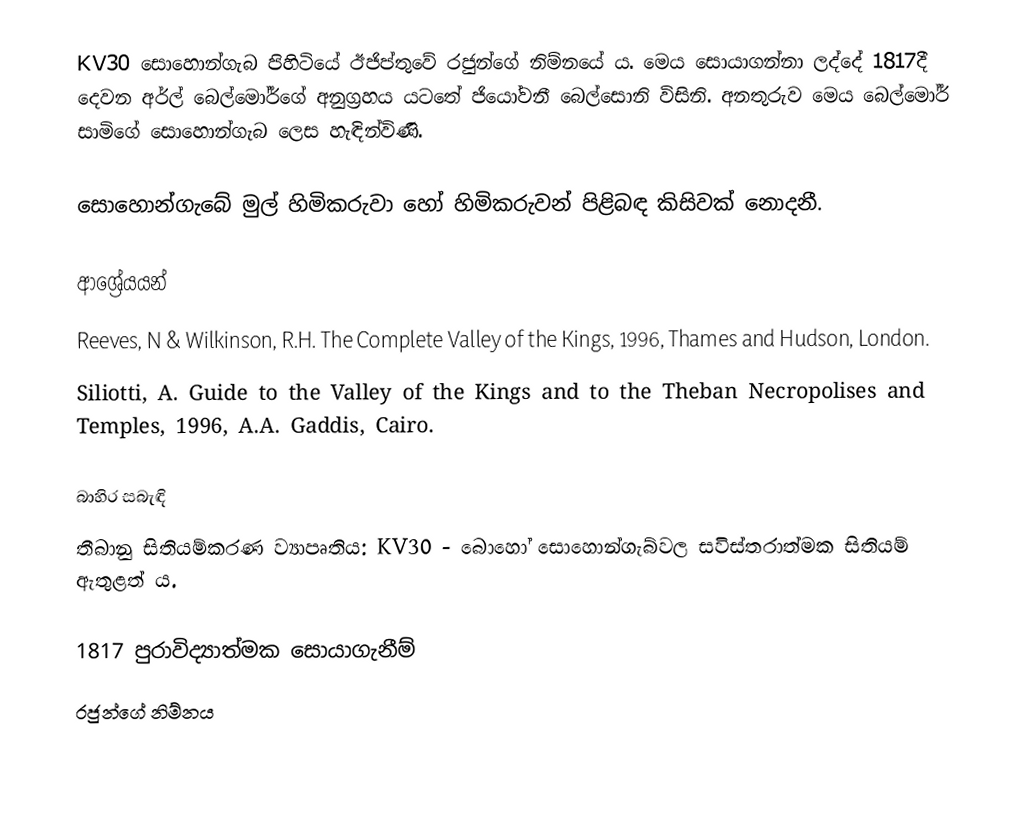
KV30 සොහොන්ගැබ පිහිටියේ ඊජිප්තුවේ රජුන්ගේ නිම්නයේ ය. මෙය සොයාගන්නා ලද්දේ 1817දී දෙවන අර්ල් බෙල්මෝර්ගේ අනුග්‍රහය යටතේ ජියෝවනී බෙල්සොනි විසිනි. අනතුරුව මෙය බෙල්මෝර් සාමිගේ සොහොන්ගැබ ලෙස හැඳින්විණි.

සොහොන්ගැබේ මුල් හිමිකරුවා හෝ හිමිකරුවන් පිළිබඳ කිසිවක් නොදනී.

ආශ්‍රේයයන්
Reeves, N & Wilkinson, R.H. The Complete Valley of the Kings, 1996, Thames and Hudson, London.
Siliotti, A. Guide to the Valley of the Kings and to the Theban Necropolises and Temples, 1996, A.A. Gaddis, Cairo.

බාහිර සබැඳි
තීබානු සිතියම්කරණ ව්‍යාපෘතිය: KV30 - බොහෝ සොහොන්ගැබ්වල සවිස්තරාත්මක සිතියම් ඇතුළත් ය.

1817 පුරාවිද්‍යාත්මක සොයාගැනීම්
රජුන්ගේ නිම්නය